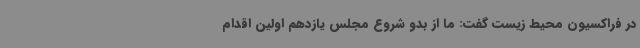
در فراکسیون محیط زیست گفت: ما از بدو شروع مجلس یازدهم اولین اقدام